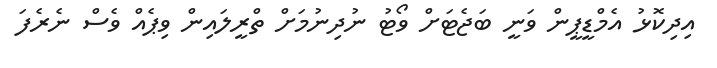
އިދިކޮޅު އެމްޑީޕީން ވަނީ ބަޖެޓަށް ވޯޓު ނުދިނުމަށް ތްރީލައިން ވިޕެއް ވެސް ނެރެފަ